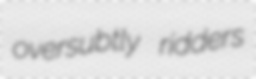
oversubtly ridders